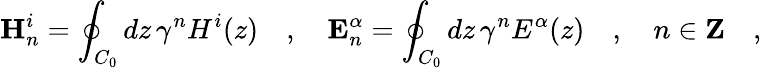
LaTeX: \mathbf{H}_{n}^{i}=\oint_{C_{0}}dz\, \gamma^{n}H^{i}(z)\quad,\quad\mathbf{E}_{n}^{\alpha}=\oint_{C_{0}}dz\, \gamma^{n}E^{\alpha}(z)\quad,\quad n\in\mathbf{Z}\quad,